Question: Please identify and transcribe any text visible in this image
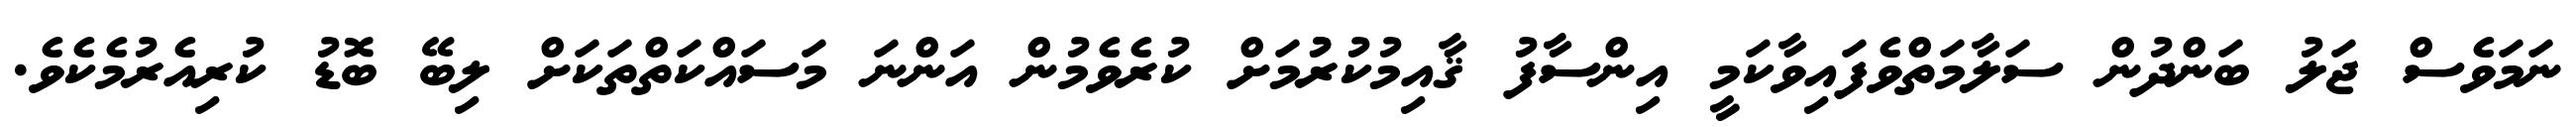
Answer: ނަމަވެސް ޖަލު ބަންދުން ސަލާމަތްވެފައިވާކަމީ އިންސާފު ޤާއިމުކުރުުމަށް ކުރެވެމުން އަންނަ މަސައްކަތްތަކަށް ލިބޭ ބޮޑު ކުރިއެރުމެކެވެ.